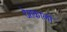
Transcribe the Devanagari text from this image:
देशकालों